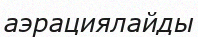
аэрациялайды